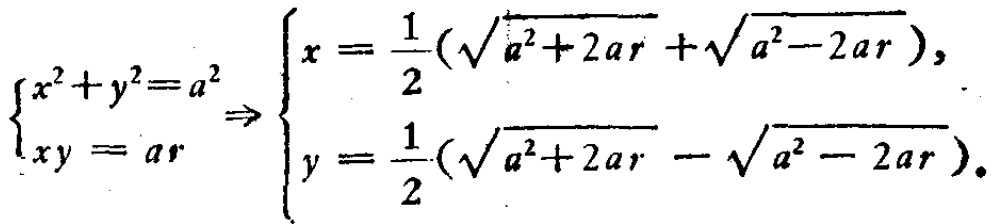
\(\begin{cases}
x^{2}+y^{2}=a^{2}\\
xy = ar
\end{cases}\Rightarrow
\begin{cases}
x = \dfrac{1}{2}(\sqrt{a^{2}+2ar}+\sqrt{a^{2}-2ar}),\\
y = \dfrac{1}{2}(\sqrt{a^{2}+2ar}-\sqrt{a^{2}-2ar}).
\end{cases}\)